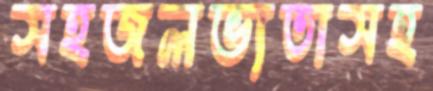
সহজলভ্যতাসহ